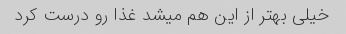
خیلی بهتر از این هم میشد غذا رو درست کرد